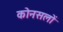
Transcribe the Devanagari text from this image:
कोनसलों